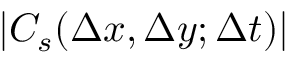
| C _ { s } ( \Delta x , \Delta y ; \Delta t ) |